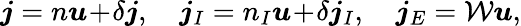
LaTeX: \boldsymbol{j}=n\boldsymbol{u}\! +\! \delta\boldsymbol{j},\quad\boldsymbol{j}_{I}=n_{I}\boldsymbol{u}\! +\! \delta\boldsymbol{j}_{I},\quad\boldsymbol{j}_{E}={\cal W}\boldsymbol{u},